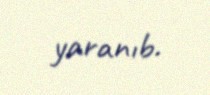
yaranıb.